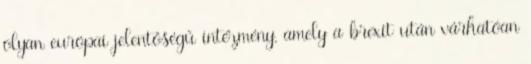
olyan európai jelentőségű intézmény, amely a brexit után várhatóan